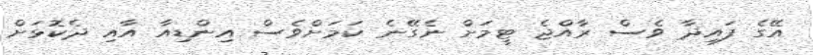
އޭގެ ފައިދާ ވެސް ރާއްޖެ ޓީމަށް ނެގޭނެ ކަމަށްވެސް އިންޑިއާ އާއި ދެކޮޅަށް